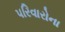
પરિવારોના